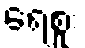
ရေစူး